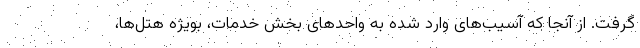
گرفت. از آنجا که آسیب‌های وارد شده به واحدهای بخش خدمات، بویژه هتل‌ها،